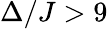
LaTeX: \Delta/J>9